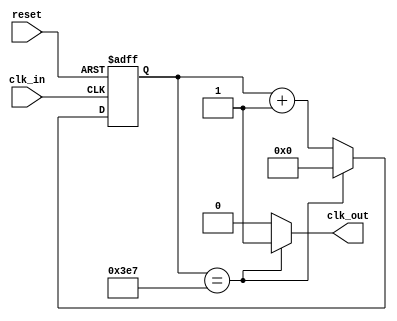
module clock_divider (
  input wire clk_in,
  input wire reset,
  output wire clk_out
);

reg [11:0] counter;

always @(posedge clk_in or posedge reset) begin
  if (reset) begin
    counter <= 12'b0;
  end else begin
    if (counter == 12'd999) begin
      counter <= 12'b0;
    end else begin
      counter <= counter + 1;
    end
  end
end

assign clk_out = (counter == 12'd999) ? 1'b1 : 1'b0;

endmodule